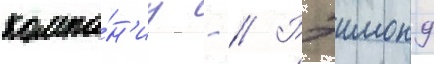
компа́н'иу - // Рэимонд